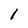
Character: 1